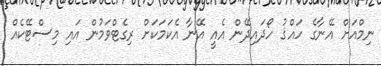
ނިމްއަށް އޭނާގެ ހައްޤު ހޯދައިދޭން އެއީ އޭނާ އެކަމަކަށް ރިގެޓްވަމުން އައި މިސްޓޭކެއް